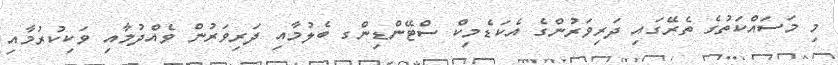
މި މަސައްކަތުގެ ތެރޭގައި ދަރިވަރުންގެ އެކަޑެމިކް ސްޓޭންޑިންގ ބެލުމާއި ދަރިވަރުން ވެއްދުމާއި ވަކިކުރުމާއި